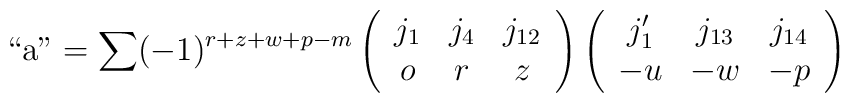
{\rm ``a"}=\sum(-1)^{r+z+w+p-m}\left(\begin{array}{ccc}j_1&j_4&j_{12}\\o&r&z\end{array}\right)\left(\begin{array}{ccc}j_1^\prime&j_{13}&j_{14}\\-u&-w&-p\end{array}\right)